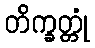
တိက္ခတ္တုံ